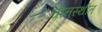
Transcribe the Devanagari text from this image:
चीनस्थीत